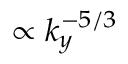
\propto k _ { y } ^ { - 5 / 3 }